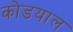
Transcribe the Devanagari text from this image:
कोडयाल